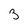
Character: 3